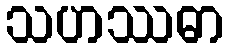
သဟဿဓာ